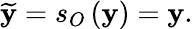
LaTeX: \widetilde{\mathbf{y}}=s_{O}\left(\mathbf{y}\right)=\mathbf{y}.